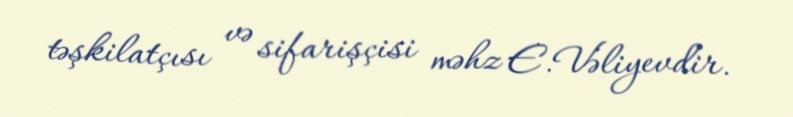
təşkilatçısı və sifarişçisi məhz E.Vəliyevdir.